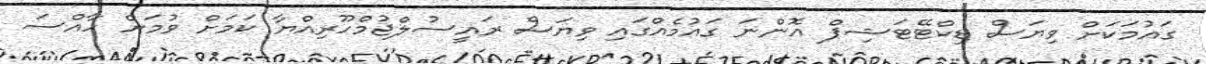
ގައުމަކަށް ވިޔަސް ޑިކްޓޭޓަަޝިޕް އޮންނަ ގައުމެއްގައި ވިޔަސް ރައީސުލްޖުމްހޫރިއްޔާ ކަމަށް ވުމަށް ހާއްސަ